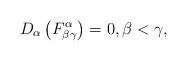
LaTeX: \begin{align*}D_\alpha\left(F^\alpha_{\beta\gamma}\right)=0, \beta<\gamma, \end{align*}